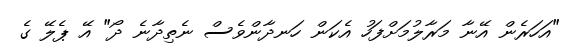
"އަހަރެން އޭނާ މަރާލުމަށްފަހު އެކަން ހަނދާންވެސް ނެތިދާނެ ދޯ" އޭ ޕެލޭ ގެ